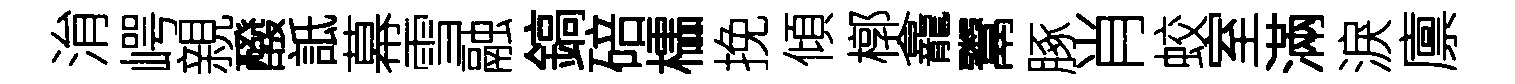
㳙崿親醱詆幕雪融鎬碚櫺挽傾槨龕鬻䐁肖蛟室滿淚廪